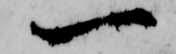
一